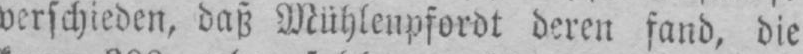
verschieden, daß Mühlenpfordt deren fand, die